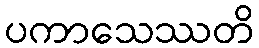
ပကာသေဿတိ